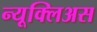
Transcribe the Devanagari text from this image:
न्यूक्लिअस